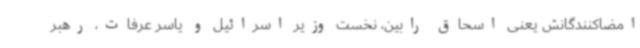
امضاکنندگانش یعنی اسحاق رابین، نخست وزیر اسرائیل و یاسر عرفات، رهبر